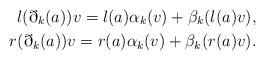
LaTeX: \begin{align*} l(\eth_k(a))v = l(a) \alpha_k(v) + \beta_k( l(a)v ), \\ r(\eth_k(a))v = r(a) \alpha_k(v) + \beta_k( r(a)v ). \end{align*}